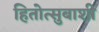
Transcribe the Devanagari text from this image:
हितोत्सुबाशी